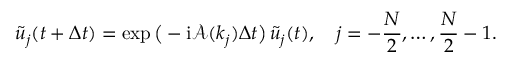
\tilde { u } _ { j } ( t + \Delta t ) = \exp \big ( - \mathrm { i } \mathcal { A } ( k _ { j } ) \Delta t \big ) \, \tilde { u } _ { j } ( t ) , \quad j = - \frac { N } { 2 } , \dots , \frac { N } { 2 } - 1 .